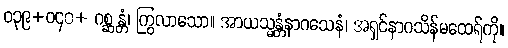
ဝ၃၉+ဝ၄၀+ ဂစ္ဆန္တံ၊ ကြွလာသော။ အာယသ္မန္တံနာဂသေနံ၊ အရှင်နာဂသိန်မထေရ်ကို။